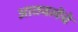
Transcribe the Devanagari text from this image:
आठवलेंचे